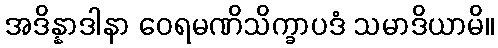
အဒိန္နာဒါနာ ဝေရမဏိသိက္ခာပဒံ သမာဒိယာမိ။